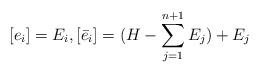
LaTeX: \begin{align*}[e_i] = E_i, [\bar{e}_i] = (H-\sum_{j=1}^{n+1}E_j)+E_j\end{align*}